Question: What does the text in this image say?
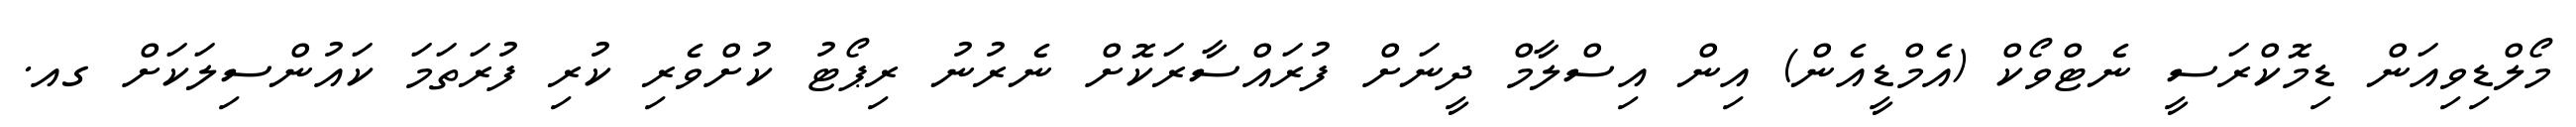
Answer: މޯލްޑިވިއަން ޑިމޮކްރަސީ ނެޓްވޯކް (އެމްޑީއެން) އިން އިސްލާމް ދީނަށް ފުރައްސާރަކޮށް ނެރުނު ރިޕޯޓު ކުށްވެރި ކުރި ފުރަތަމަ ކައުންސިލަކަށް ގއ.